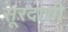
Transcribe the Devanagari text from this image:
सूरदासी